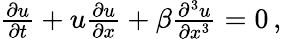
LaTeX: \begin{array}{r}{\frac{\partial u}{\partial t}+u\frac{\partial u}{\partial x}+\beta\frac{\partial^{3}u}{\partial x^{3}}=0\, ,}\end{array}